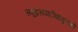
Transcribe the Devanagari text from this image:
समुद्रसपाटीपासुनची